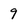
Character: 9